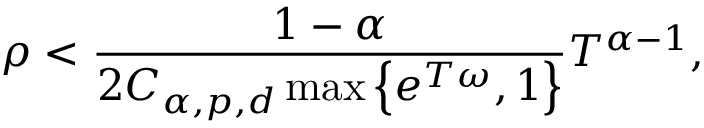
\rho < \frac { 1 - \alpha } { 2 C _ { \alpha , p , d } \operatorname* { m a x } \left\{ e ^ { T \omega } , 1 \right\} } T ^ { \alpha - 1 } ,